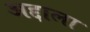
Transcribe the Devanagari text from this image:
अद्दाला